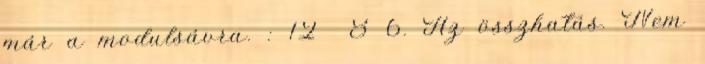
már a modulsávra. : 12 8 6. Az összhatás. Nem